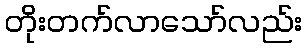
တိုးတက်လာသော်လည်း